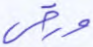
ورقي